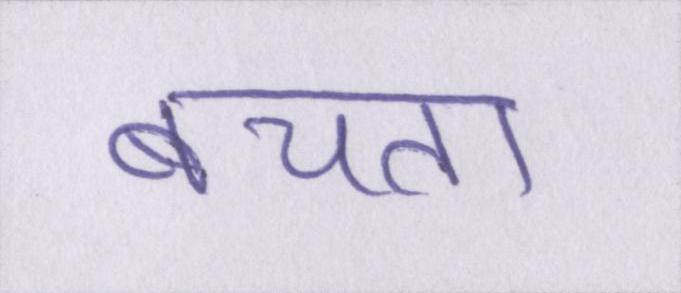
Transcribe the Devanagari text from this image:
बचता